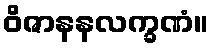
ဝိဇာနနလက္ခဏံ။